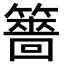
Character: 䉢